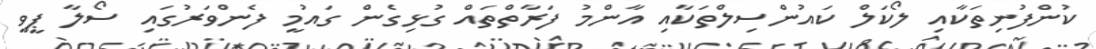
ކުންފުނިތަކާއި ލޯކަލް ކައުންސިލްތަކާއި އާންމު ފަރާތްތައް ގުޅިގެން ގައުމީ ފެންވަރުގައި ސޯލާ ޕީވީ